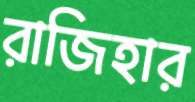
রাজিহার